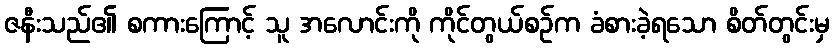
ဇနီးသည်၏ စကားကြောင့် သူ အလောင်းကို ကိုင်တွယ်စဉ်က ခံစားခဲ့ရသော စိတ်တွင်းမှ